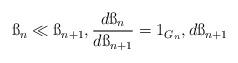
LaTeX: \begin{align*}\ss_n\ll \ss_{n+1},\frac{d\ss_n}{d\ss_{n+1}}=1_{G_n},d\ss_{n+1}\end{align*}